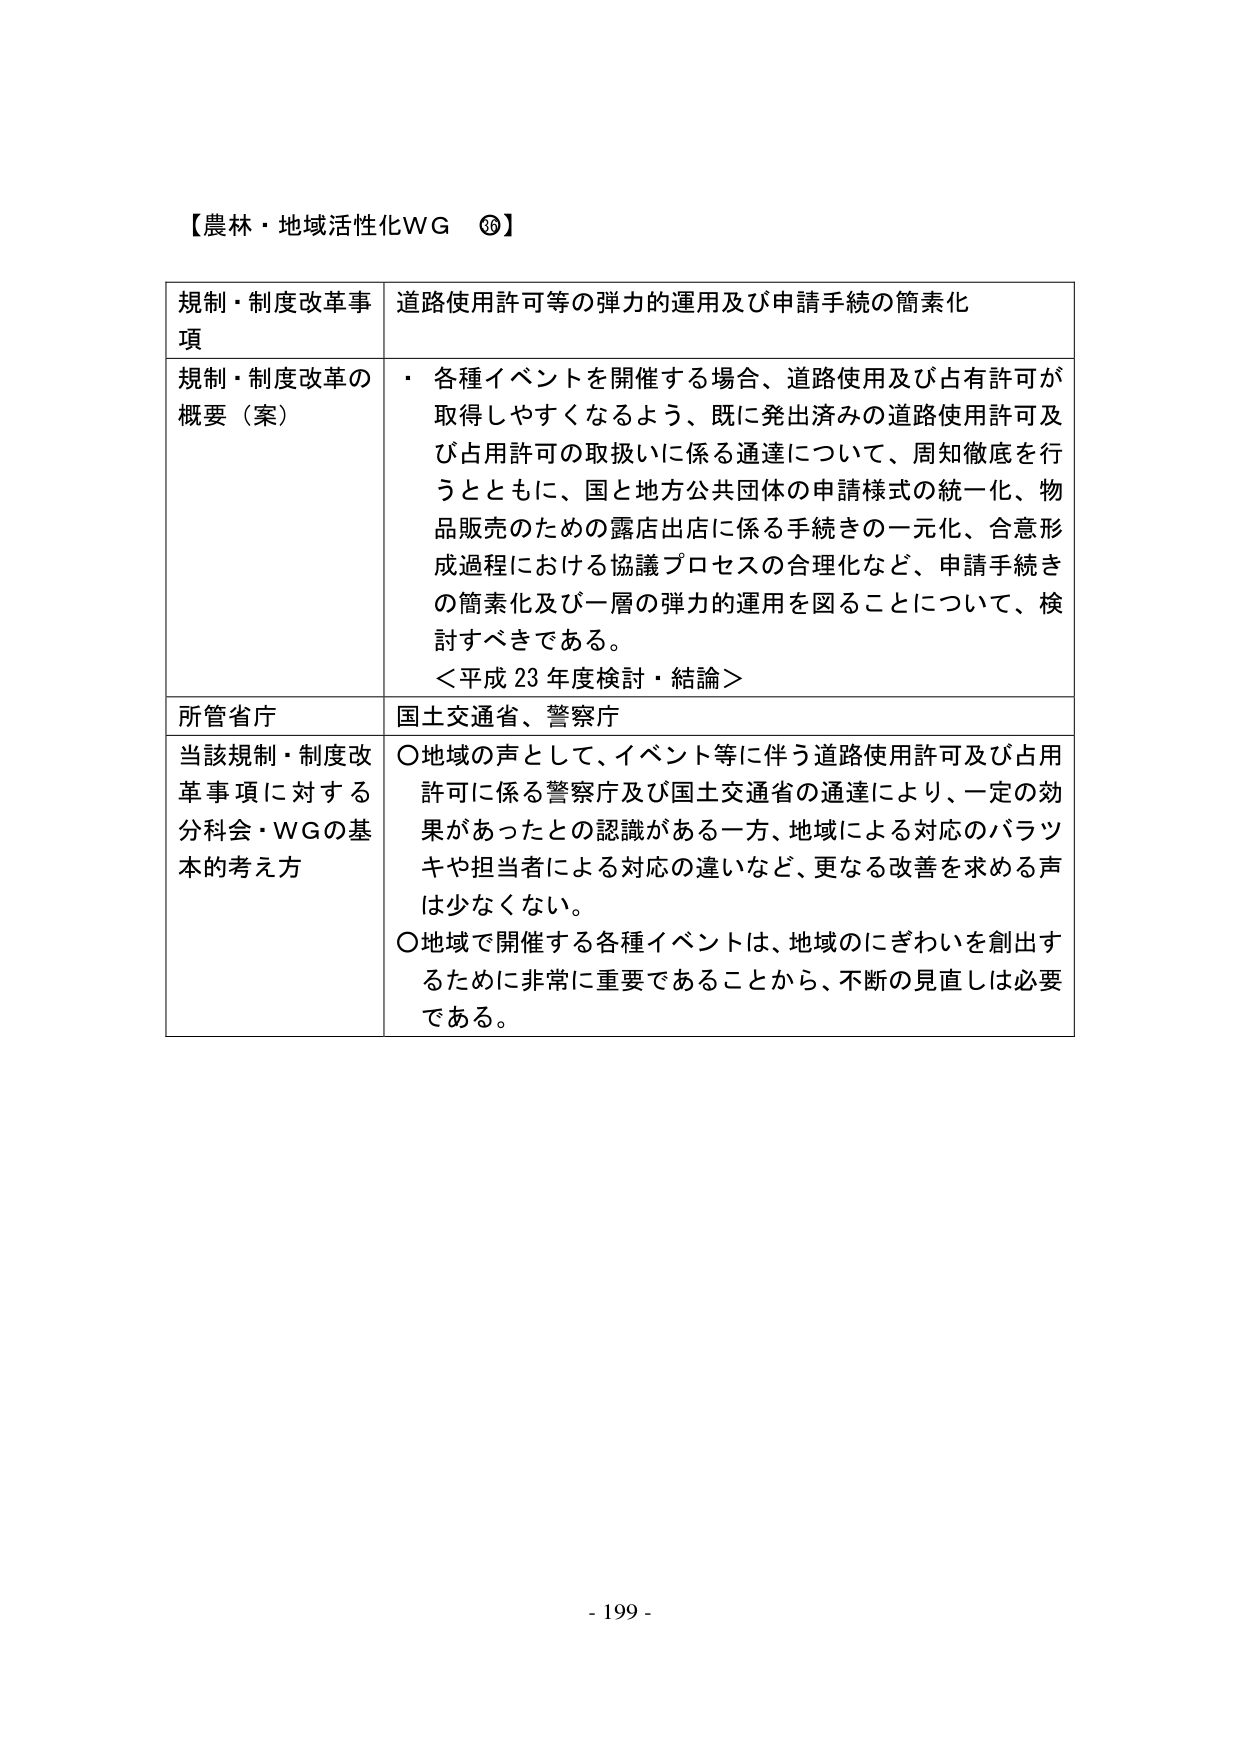
【農林・地域活性化WG ⑳】

規制・制度改革事項　道路使用許可等の弾力的運用及び申請手続の簡素化

規制・制度改革の概要（案）　・各種イベントを開催する場合、道路使用及び占有許可が取得しやすくなるよう、既に発出済みの道路使用許可及び占用許可の取扱いに係る通達について、周知徹底を行うとともに、国と地方公共団体の申請様式の統一化、物品販売のための露店出店に係る手続きの一元化、合意形成過程における協議プロセスの合理化など、申請手続きの簡素化及び一層の弾力的運用を図ることについて、検討すべきである。
＜平成23年度検討・結論＞

所管省庁　国土交通省、警察庁

当該規制・制度改革事項に対する分科会・WGの基本的考え方　○地域の声として、イベント等に伴う道路使用許可及び占用許可に係る警察庁及び国土交通省の通達により、一定の効果があったとの認識がある一方、地域による対応のバラツキや担当者による対応の違いなど、更なる改善を求める声は少なくない。
○地域で開催する各種イベントは、地域のにぎわいを創出するために非常に重要であることから、不断の見直しは必要である。

- 199 -